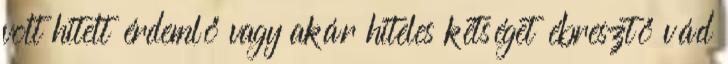
volt hitelt érdemlő vagy akár hiteles kétséget ébresztő vád